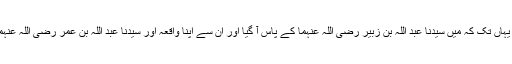
مجھے اطمینان نہ ہوا یہاں تک کہ میں سیدنا عبد اللہ بن زبیر رضی اللہ عنہما کے پاس آ گیا اور ان سے اپنا واقعہ اور سیدنا عبد اللہ بن عمر رضی اللہ عنہما کی بات کا ذکر کیا۔